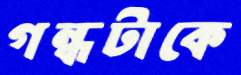
গন্ধটাকে